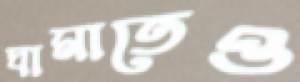
ঘামাতেও